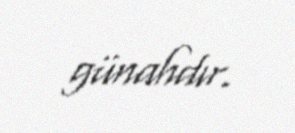
günahdır.